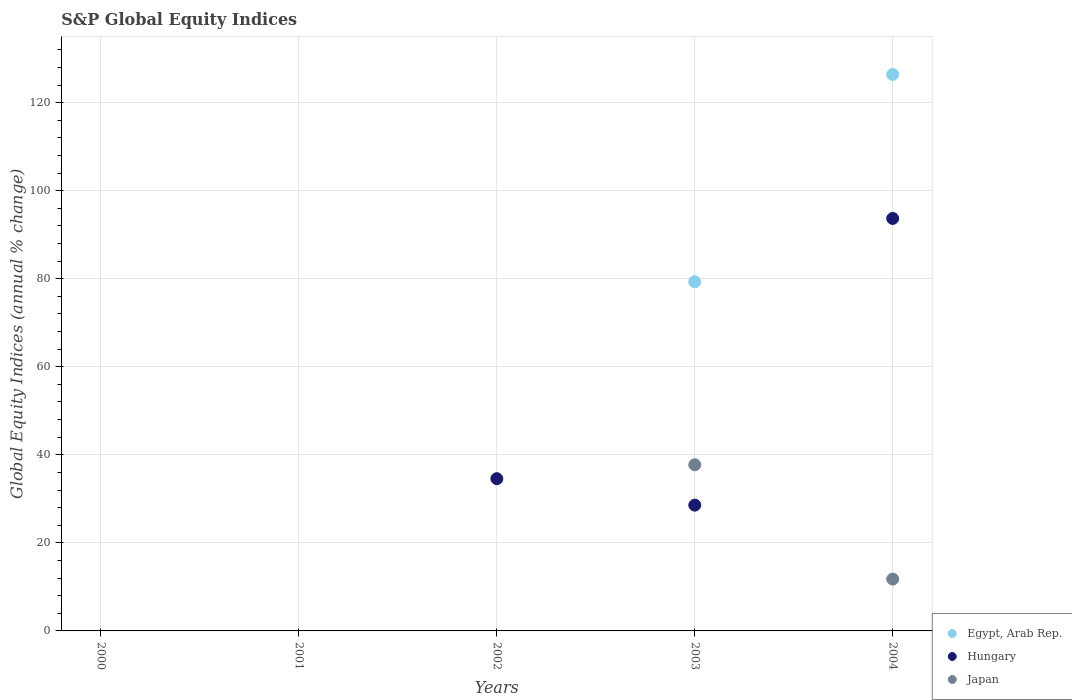
| Years | Egypt, Arab Rep. | Hungary | Japan |
 | --- | --- | --- | --- |
 | 2000 | -45.6 | -28.2 | -34.9 |
 | 2001 | -45.5 | -10.3 | -33.2 |
 | 2002 | -5.78 | 34.6 | -9.85 |
 | 2003 | 79.3 | 28.6 | 37.7 |
 | 2004 | 126 | 93.7 | 11.8 |